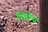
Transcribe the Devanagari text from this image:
लिवेथ